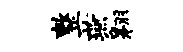
整燕翱